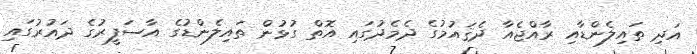
އަދި ތައިލެންޑާއި ރާއްޖެއާ ދެޤައުމުގެ ދެމެދުގައި އޮތް ގުޅުން ތައިލެންޑުގެ އާސަފީރުގެ ދައުރުގައި